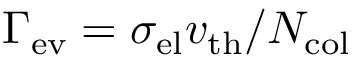
\Gamma _ { \mathrm { e v } } = \sigma _ { \mathrm { e l } } v _ { \mathrm { t h } } / N _ { \mathrm { c o l } }